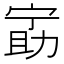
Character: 𫦵